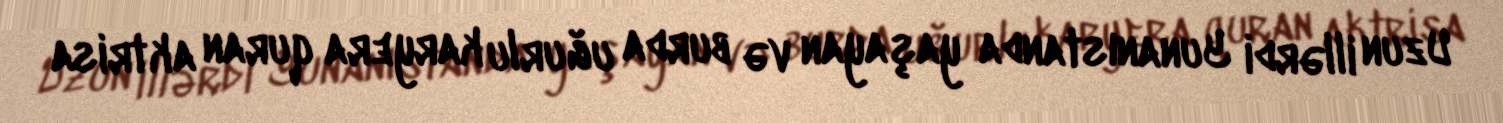
Uzun illərdi Yunanıstanda yaşayan və burda uğurlu karyera quran aktrisa